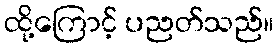
ထို့ကြောင့် ပညတ်သည်။